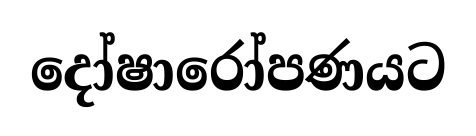
දෝෂාරෝපණයට